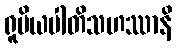
ရူပိယပါတိသဟဿာနိ